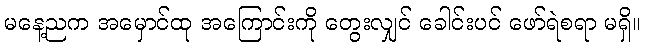
မနေ့ညက အမှောင်ထု အကြောင်းကို တွေးလျှင် ခေါင်းပင် ဖော်ရဲစရာ မရှိ။